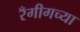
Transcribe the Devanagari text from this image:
रँगीगच्या